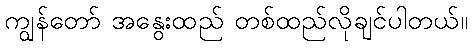
ကျွန်တော် အနွေးထည် တစ်ထည်လိုချင်ပါတယ်။